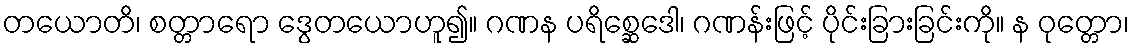
တယောတိ၊ စတ္တာရော ဒွေတယောဟူ၍။ ဂဏန ပရိစ္ဆေဒေါ၊ ဂဏန်းဖြင့် ပိုင်းခြားခြင်းကို။ န ဝုတ္တော၊